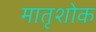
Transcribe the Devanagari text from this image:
मातृशोक